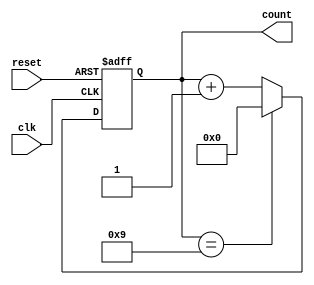
module decade_counter (
    input wire clk,          // Clock input
    input wire reset,        // Asynchronous active-high reset
    output reg [3:0] count   // 4-bit output for the current count
);

// Asynchronous reset and counting logic
always @(posedge clk or posedge reset) begin
    if (reset) begin
        count <= 4'b0000;   // Reset the counter to 0
    end else begin
        if (count == 4'b1001) begin
            count <= 4'b0000; // Reset to 0 after reaching 9
        end else begin
            count <= count + 1; // Increment the counter
        end
    end
end

endmodule